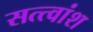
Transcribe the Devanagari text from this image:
सत्त्वांश